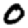
Digit: 0